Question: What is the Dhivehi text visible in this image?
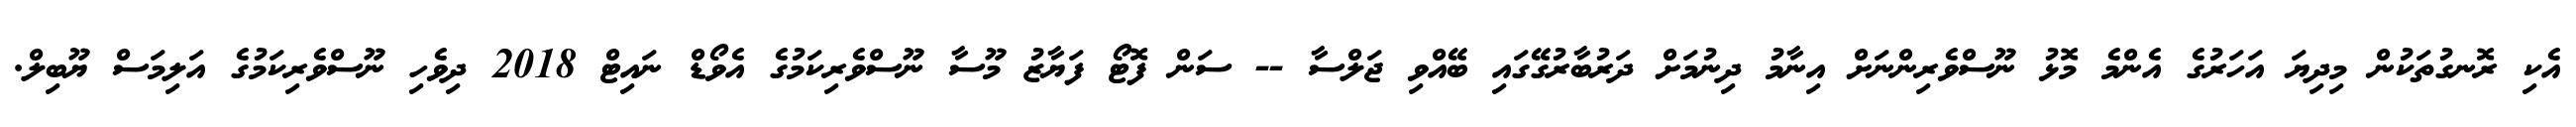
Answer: އެކި ރޮނގުތަކުން މިދިޔަ އަހަރުގެ އެންމެ މޮޅު ނޫސްވެރިންނަށް އިނާމު ދިނުމަށް ދަރުބާރުގޭގައި ބޭއްވި ޖަލްސާ -- ސަން ފޮޓޯ ފަޔާޒު މޫސާ ނޫސްވެރިކަމުގެ އެވޯޑް ނައިޓް 2018 ދިވެހި ނޫސްވެރިކަމުގެ އަލިމަސް ޔޫބިލް.